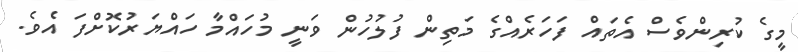
މީގެ ކުރިންވެސް އެތައް ފަހަރެއްގެ މަތިން ފުލުހުން ވަނީ މުހައްމާ ހައްޔަރުކޮށްފަ އެވެ.